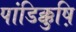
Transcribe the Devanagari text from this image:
पांडिक्कुष़ि